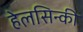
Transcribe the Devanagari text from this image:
हेलसिन्की